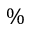
\%